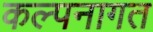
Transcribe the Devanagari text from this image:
कल्पनागत